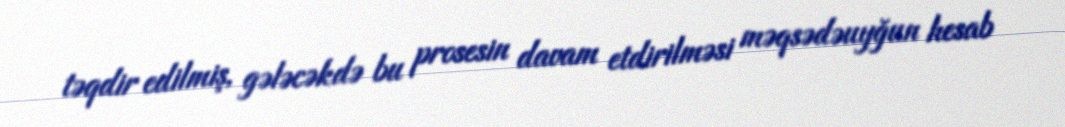
təqdir edilmiş, gələcəkdə bu prosesin davam etdirilməsi məqsədəuyğun hesab